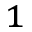
^ 1